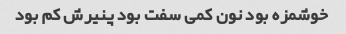
خوشمزه بود نون کمی سفت بود پنیرش کم بود